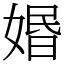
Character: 㛰